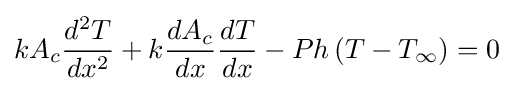
kA_{c}{\frac {d^{2}T}{dx^{2}}}+k{\frac {dA_{c}}{dx}}{\frac {dT}{dx}}-Ph\left(T-T_{\infty }\right)=0